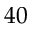
4 0